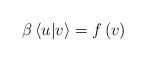
LaTeX: \begin{align*}\beta\left\langle u|v\right\rangle =f\left(v\right)\end{align*}